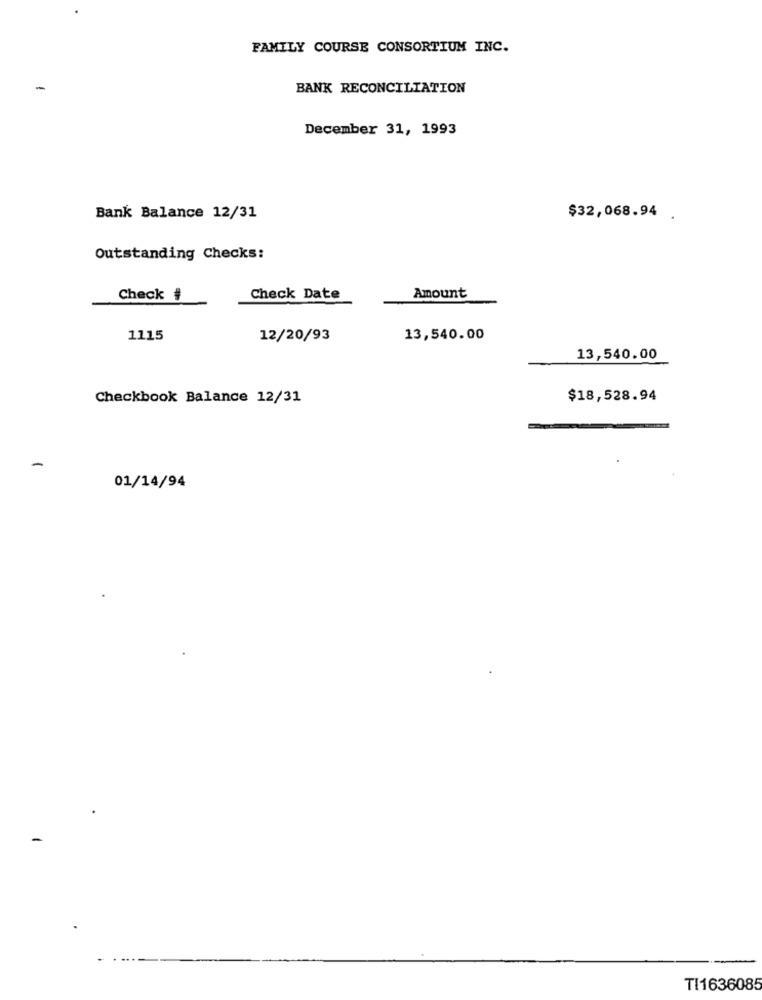
FAMILY COURSE CONSORTIUM INC.
BANK RECONCILIATION
December 31, 1993
Bank Balance 12/31
$32,068.94
Outstanding Checks:
Check #
Check Date
Amount
1115
12/20/93
13,540.00
13,540.00
Checkbook Balance 12/31
$18,528.94
-
01/14/94
TI1636085